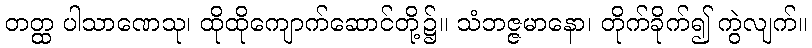
တတ္ထ ပါသာဏေသု၊ ထိုထိုကျောက်ဆောင်တို့၌။ သံဘဇ္ဇမာနော၊ တိုက်ခိုက်၍ ကွဲလျက်။